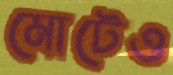
মোটেও